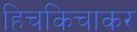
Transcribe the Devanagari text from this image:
हिचकिचाकर